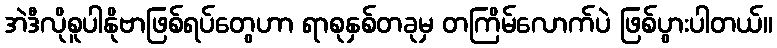
အဲဒီလိုစူပါနိုဗာဖြစ်ရပ်တွေဟာ ရာစုနှစ်တခုမှ တကြိမ်လောက်ပဲ ဖြစ်ပွားပါတယ်။